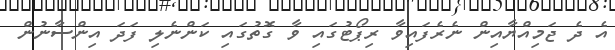
އެ ދެ ޖަމިއްޔާއިން ނެރެފައިވާ ރިޕޯޓުގައި ވާ ގޮތުގައި ކަންނެލި ފަދަ އިންސާނުން